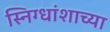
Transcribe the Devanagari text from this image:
स्निग्धांशाच्या